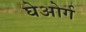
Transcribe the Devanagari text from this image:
घेओर्ग